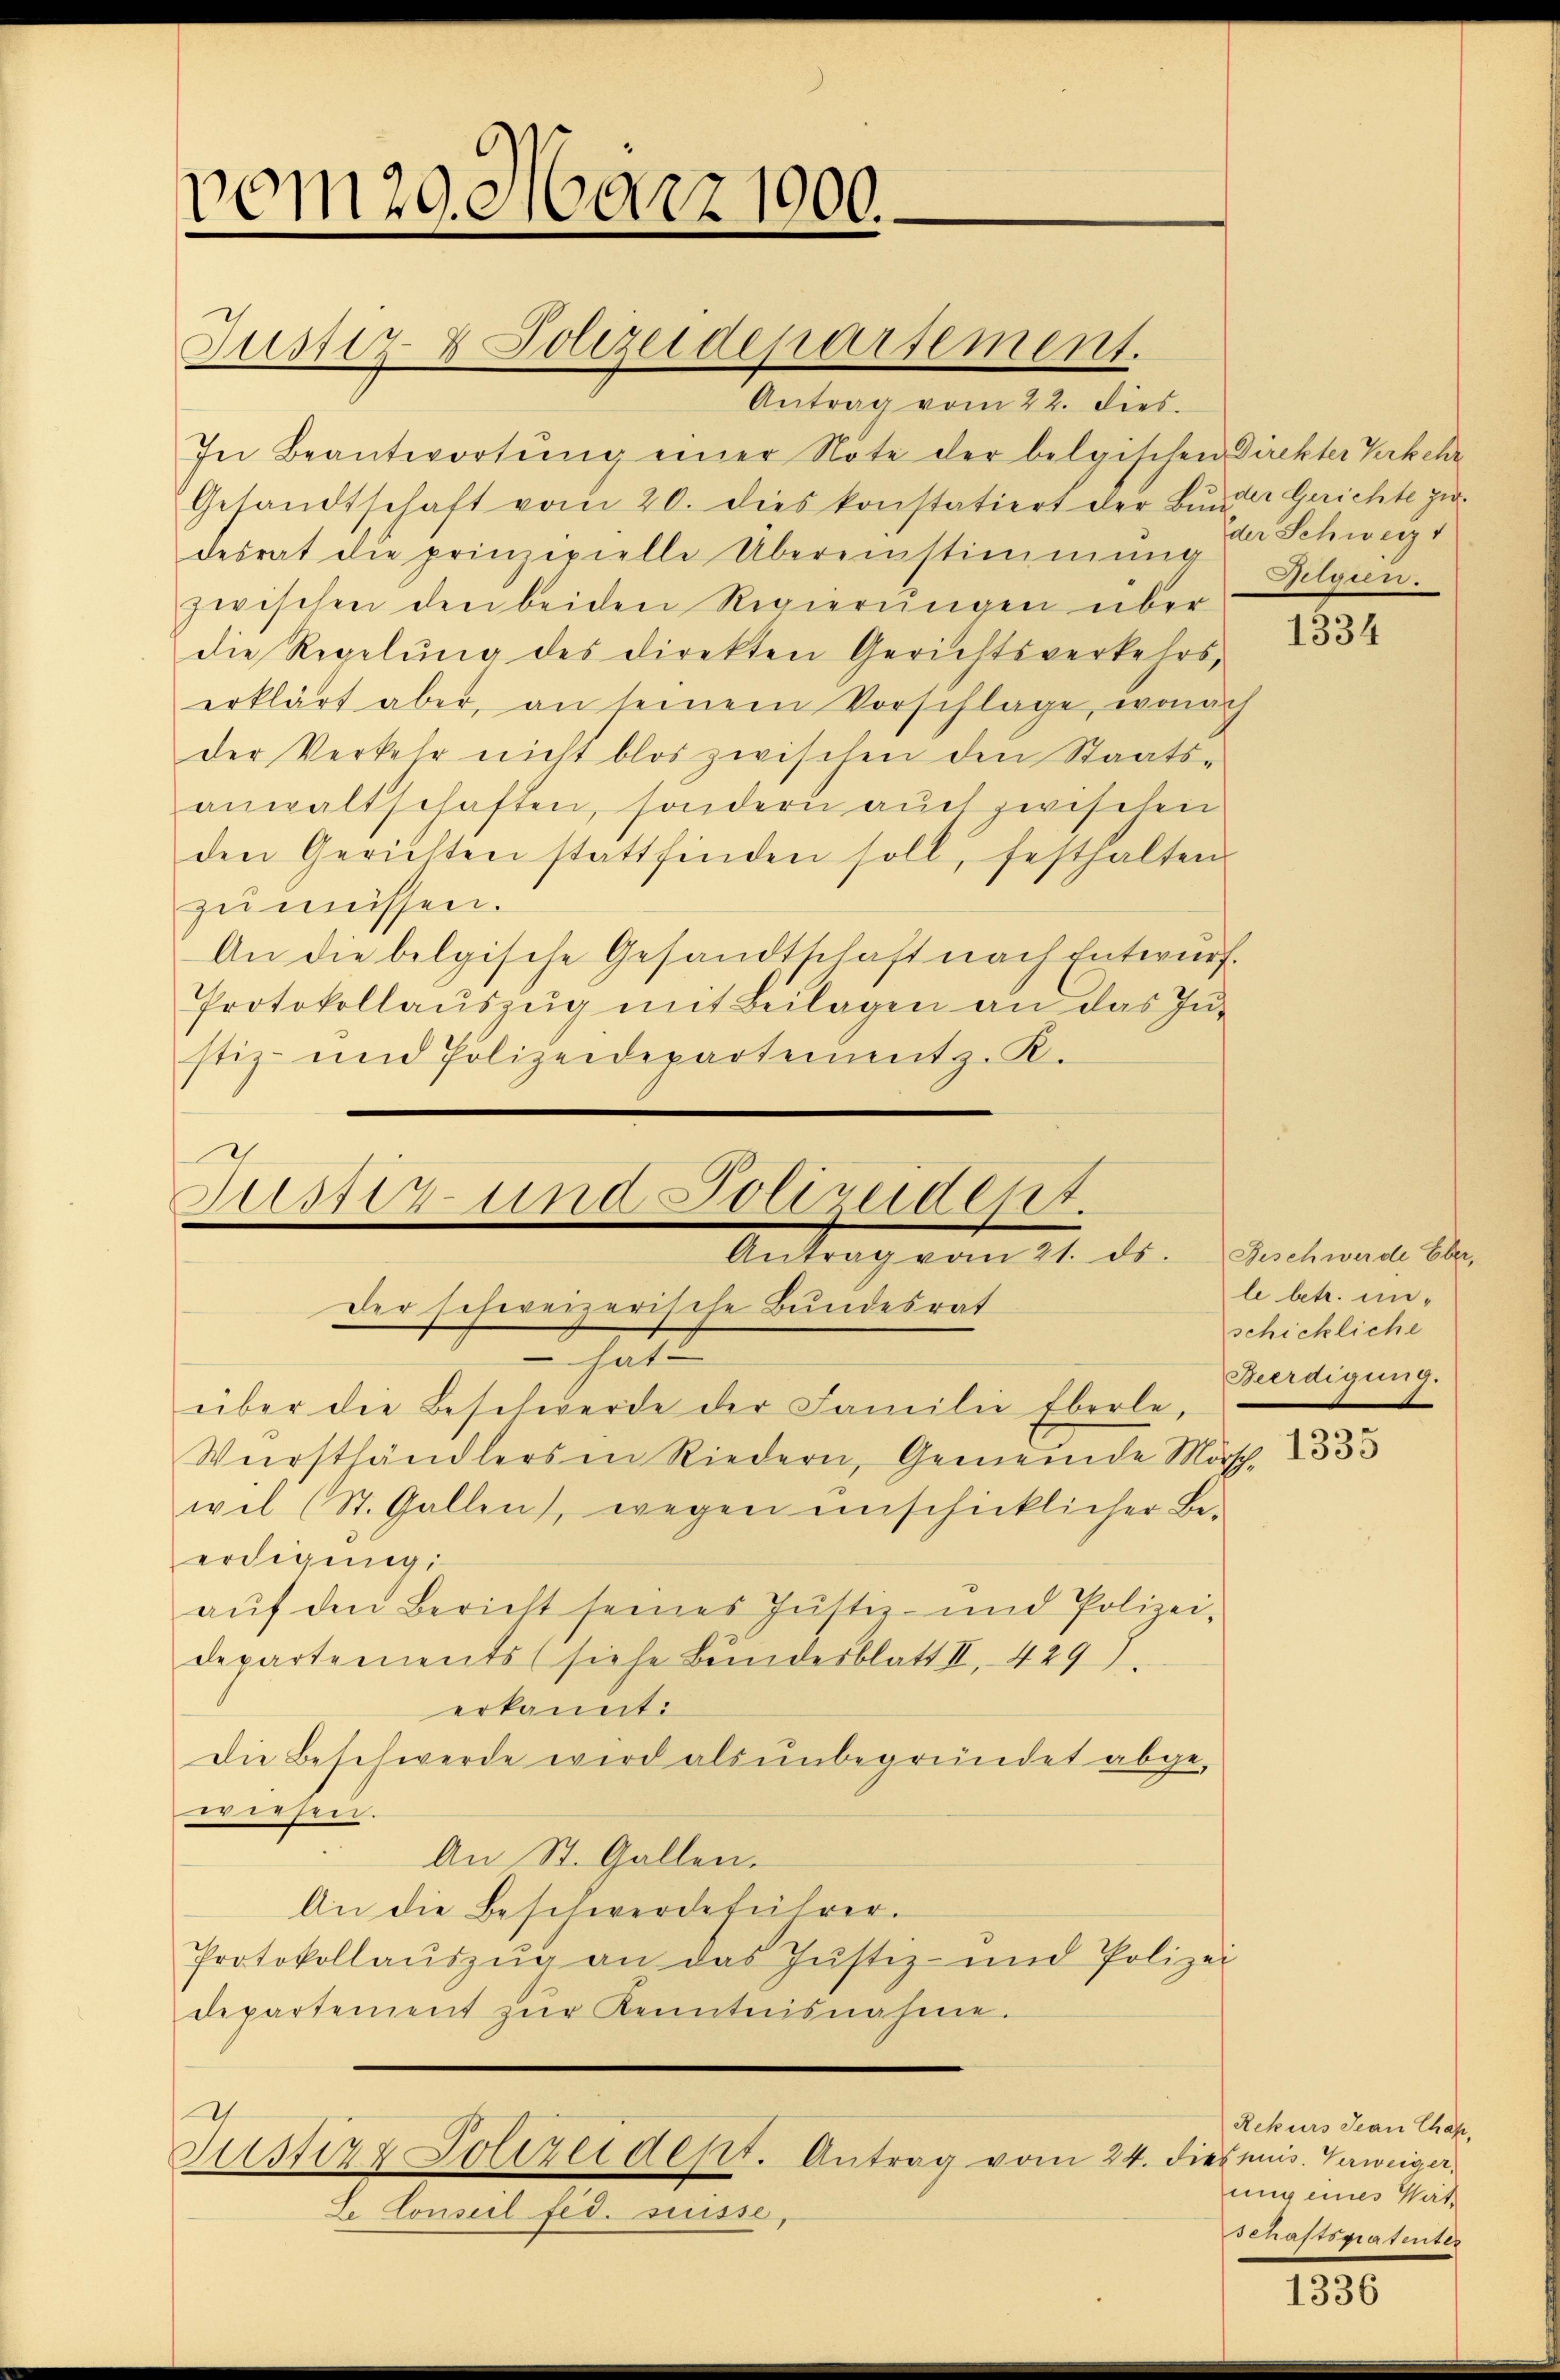
vom 29. März 1900.

Justiz & Polizeidepartement.

Antrag vom 22. dies
In Beantwortŭng einer Note der belgischen Direkter Verkeh
Gesandtschaft vom 20. dies konstatiert der Bŭnder Gerichte zu
desrat die prinzipielle Übereinstimmung Gilgen.
zwischen den beiden Regierŭngen über-
die Regelung des direkten Gerichtsverkehrs,
erklärt aber, an seinem Vorschlage, wonach
der Verkehr nicht blos zwischen den Staats-
anwaltschaften, sondern auch zwischen
den Gerichten stattfinden soll, festhalten
zu müssen.
An die belgische Gesandtschaft nach Entwurf.
Protokollauszug mit Beilagen an das Instiz- und Polizeidepartement z. K.

h
Susz und Polizeibeset
Antrag vom 11. ds.
Der schweizerische Bundesrat
t

über die Beschwerde der Familie Eberle,
Wirsthändlers in Riedern, Gemeinde Märsch. 333
wil (St. Gallen, wegen unschicklicher Be-
erdigung
aŭf den Bericht seines Justiz- und Polizei-
departements (siehe Bundesblatt II. 429).
erkannt:
Die Beschwerde wird als ŭnbegründet abge-
wiesen.
An St. Gallen.
An die Beschwerdeführer.
Protokollaŭszŭg an das Justiz- und Polizei
departement zŭr Kenntnisnahme.
Justiz & Polizeidept. Antrag vom 24. dieses Gaweiger,
Le Conseil féd. suisse,

der Schweiz 1

1334

Feschwerde Eber,
le betr. un-
schickliche
Heerdigung.

Rekurs Jean Chap.
ung eines Vat
schaftspatenter

1336